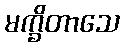
မက္ခိတာသေ